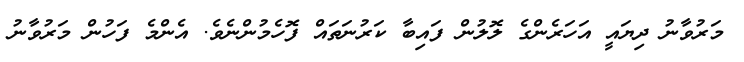
މަރުވާނު ދިޔައީ އަހަރެންގެ ލޮލުން ފައިބާ ކަރުނަތައް ފޮހެމުންނެވެ. އެންމެ ފަހުން މަރުވާނު